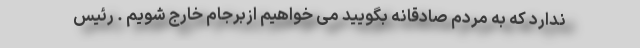
ندارد که به مردم صادقانه بگویید می خواهیم ازبرجام خارج شویم . رئیس